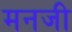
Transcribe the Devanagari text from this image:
मनजी